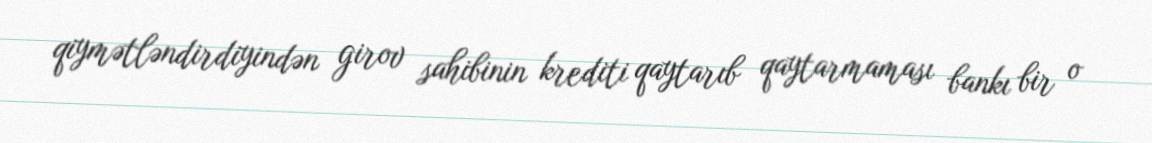
qiymətləndirdiyindən girov sahibinin krediti qaytarıb qaytarmaması bankı bir o